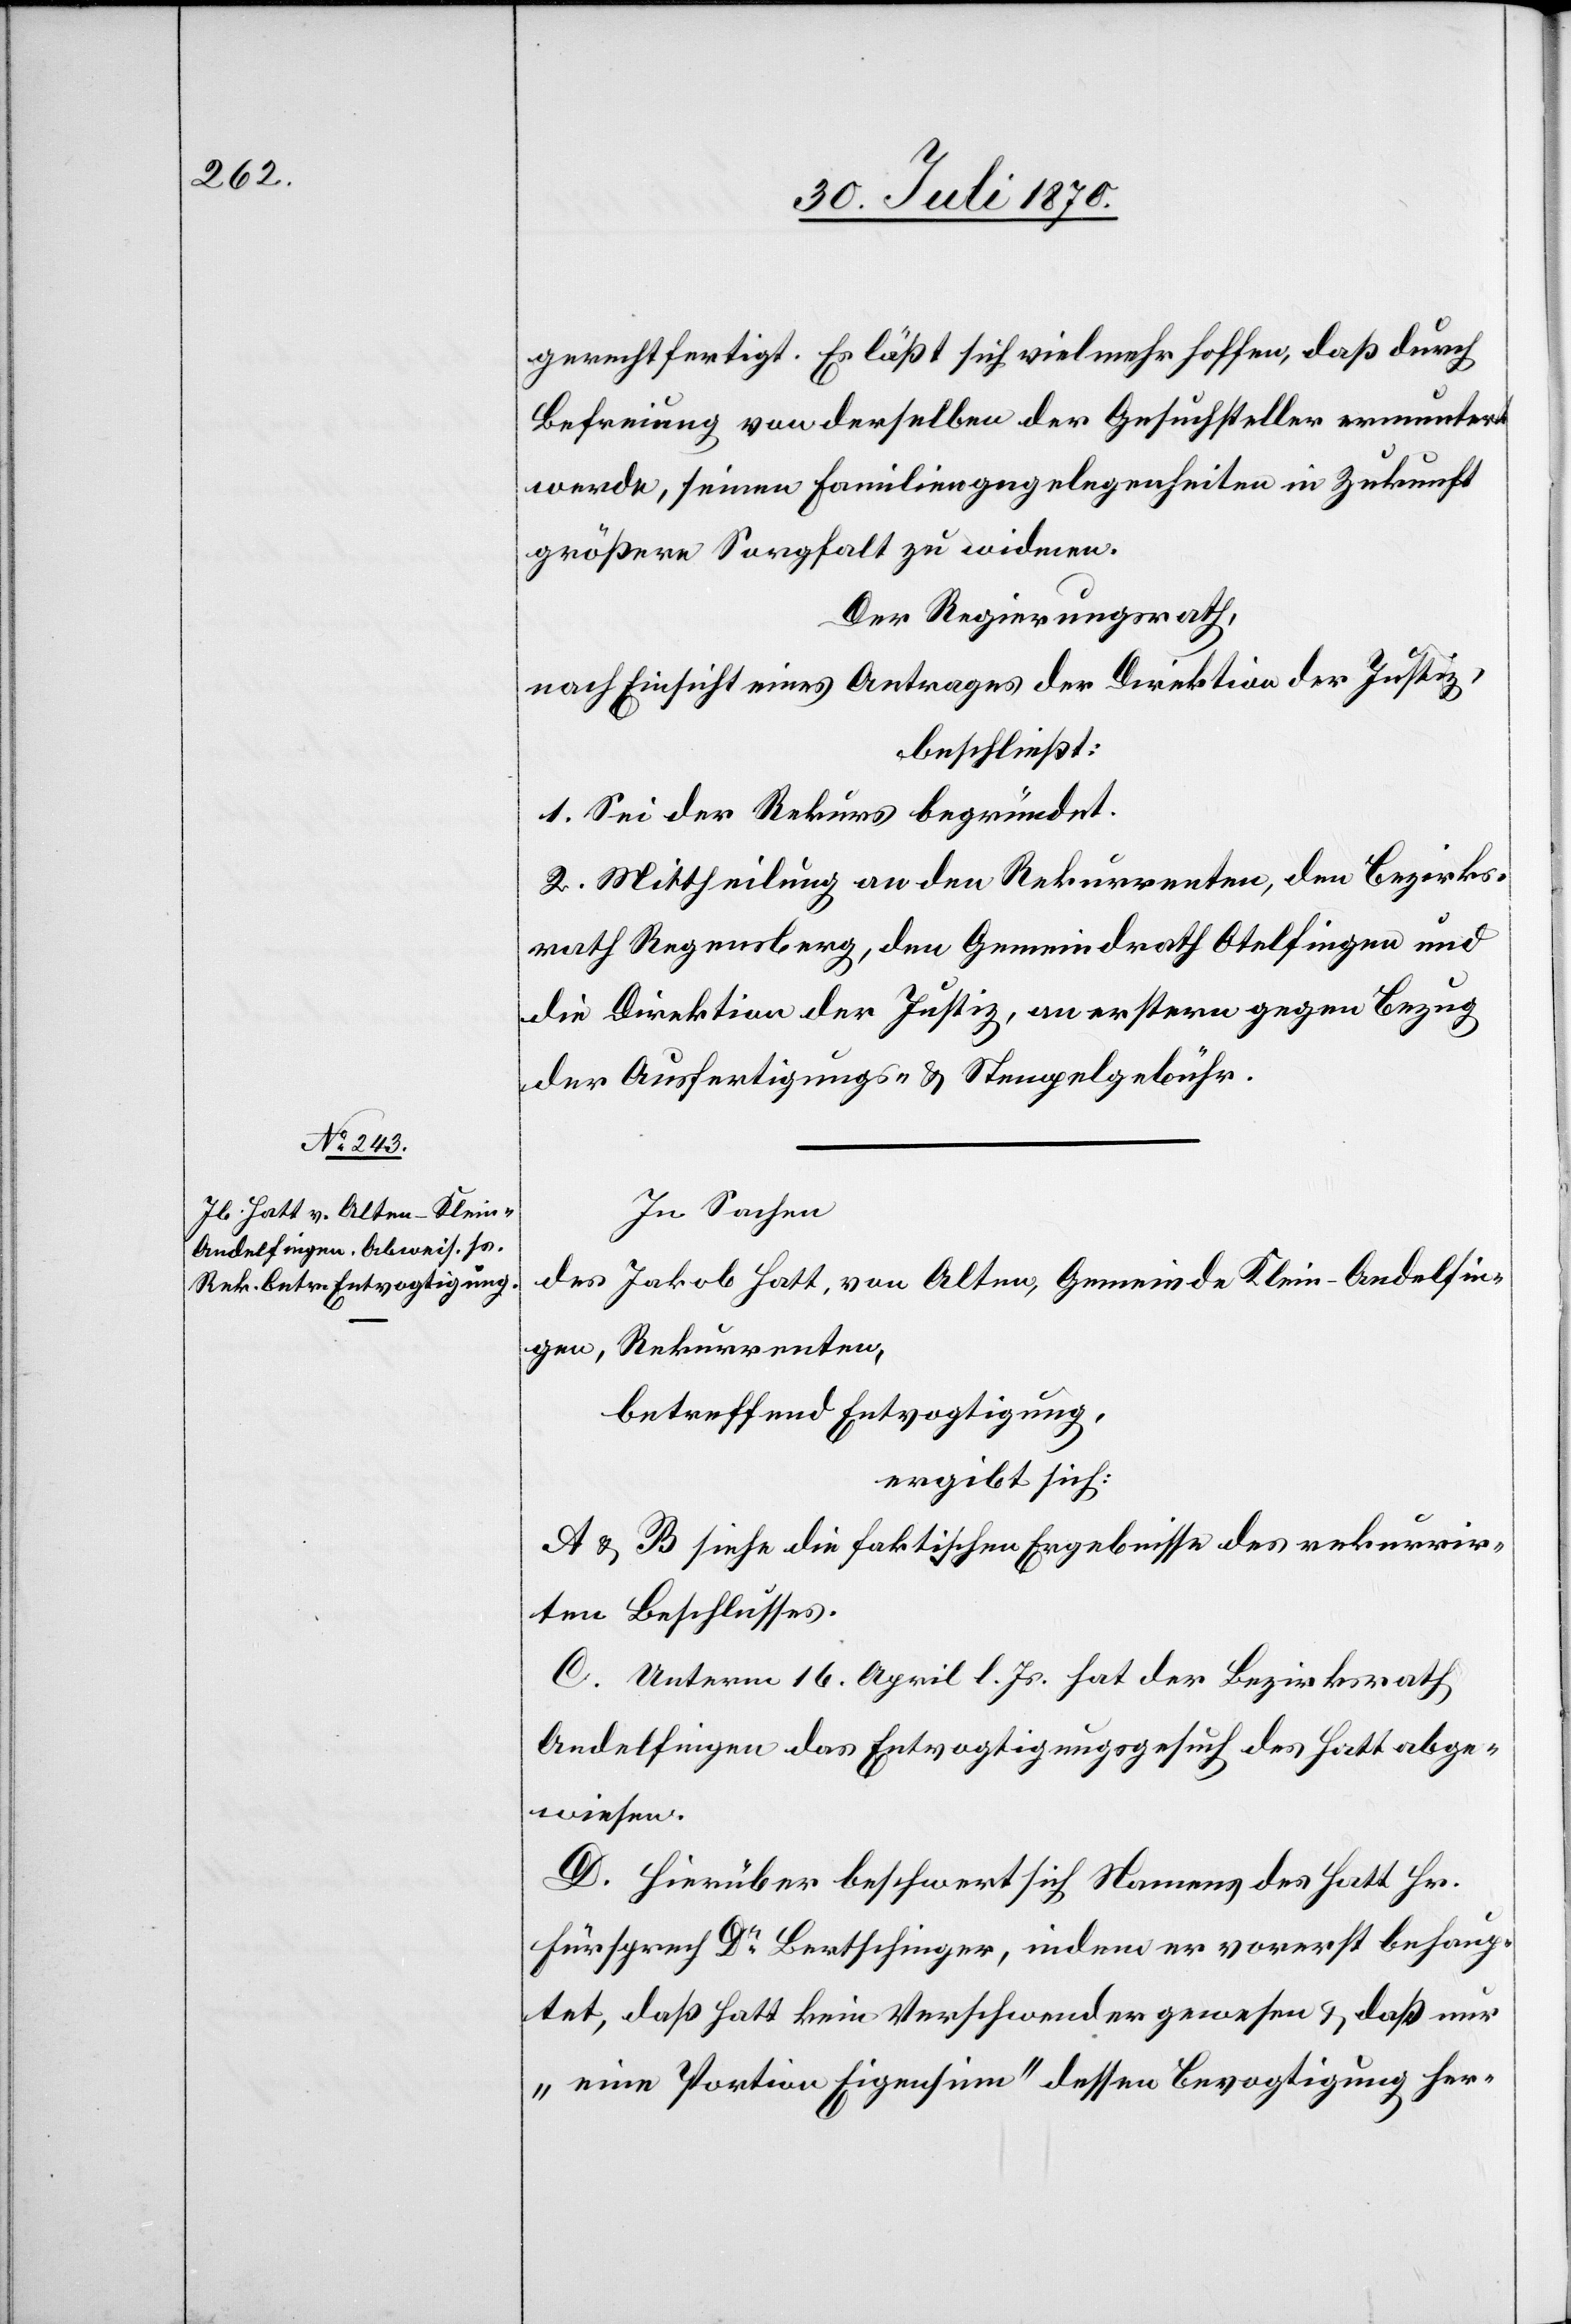
gerechtfertigt. Es läßt sich vielmehr hoffen, daß durch
Befreiung von derselben der Gesuchsteller ermuntert
werde, seinen Familien[an]gelegenheiten in Zukunft
größere Sorgfalt zu widmen.
Der Regierungsrath,
nach Einsicht eines Antrages der Direktion der Justiz,
beschließt:
1. Sei der Rekurs begründet.
2. Mittheilung an den Rekurrenten, den Bezirks¬
rath Regensberg, den Gemeindrath Otelfingen und
die Direktion der Justiz, an erstere gegen Bezug
der Ausfertigungs- & Stempelgebühren.
In Sachen
des Jakob Hatt, von Alten, Gemeinde Klein-Andelfin¬
gen, Rekurrenten,
betreffend Entvogtigung,
ergibt sich:
A & B siehe die faktischen Ergebnisse des rekurrir¬
ten Beschlusses.
C. Unterm 16. April l. Js. hat der Bezirksrath
Andelfingen das Entvogtigungsgesuch des Hatt abge¬
wiesen.
D. Hierüber beschwert sich Namens des Hatt Hr.
Fürsprech Dr Bertschinger, indem er vorerst behaup¬
tet, daß Hatt kein Verschwender gewesen & daß nur
„eine Portion Eigensinn“ dessen Bevogtigung her-